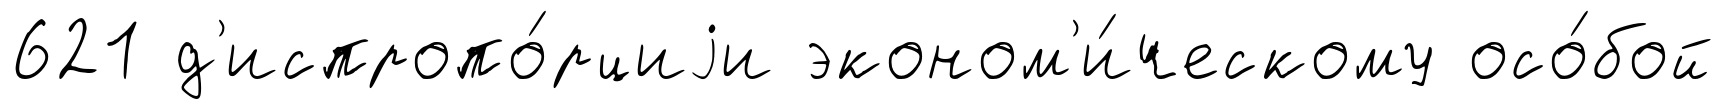
621 д'испропо́рциjи эконом'и́ческому осо́бой